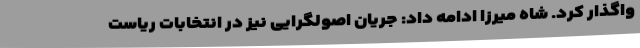
واگذار کرد. شاه میرزا ادامه داد: جریان اصولگرایی نیز در انتخابات ریاست